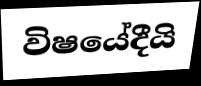
විෂයේදීයි